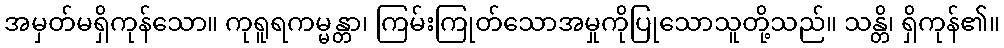
အမှတ်မရှိကုန်သော။ ကုရူရကမ္မန္တာ၊ ကြမ်းကြုတ်သောအမှုကိုပြုသောသူတို့သည်။ သန္တိ၊ ရှိကုန်၏။